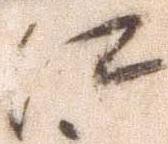
江